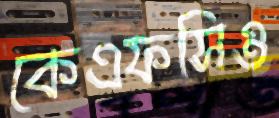
কেএফসিও